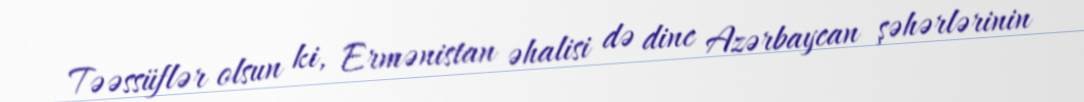
Təəssüflər olsun ki, Ermənistan əhalisi də dinc Azərbaycan şəhərlərinin